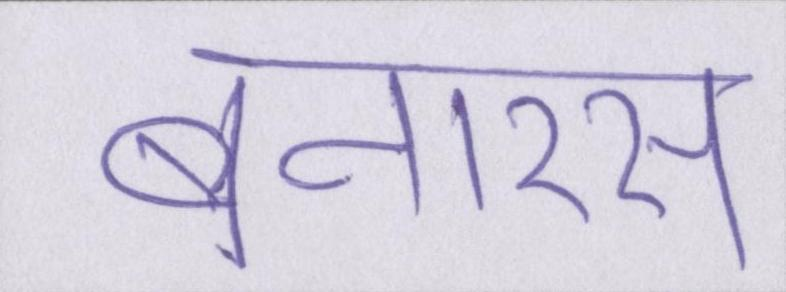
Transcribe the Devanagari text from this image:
बनारस